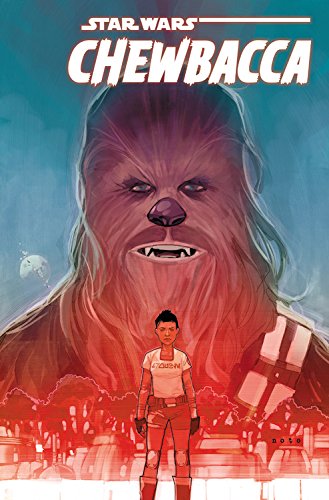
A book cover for Star Wars: Chewbacca; Gerry Duggan; Comics & Graphic Novels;